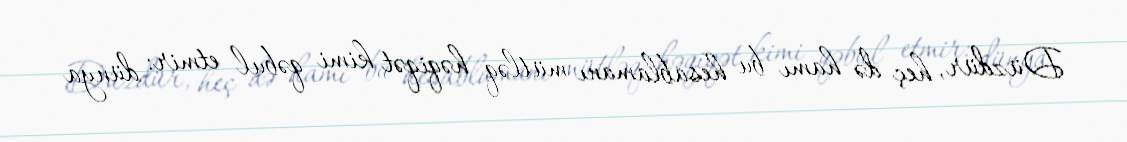
Düzdür, heç də hamı bu hesablamanı mütləq həqiqət kimi qəbul etmir: dünya